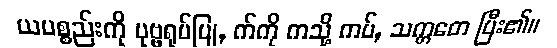
ယပစ္စည်းကို ပုဗ္ဗရုပ်ပြု, က်ကို ကသို့ ကပ်, သက္ကတေ ပြီး၏။